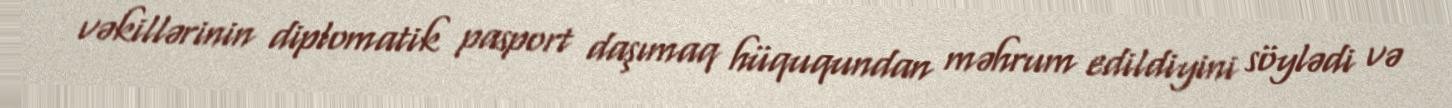
vəkillərinin diplomatik pasport daşımaq hüququndan məhrum edildiyini söylədi və